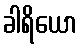
ခါရိယော